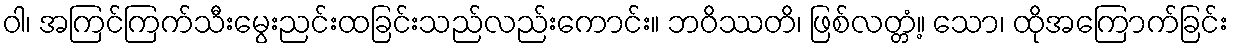
ဝါ၊ အကြင်ကြက်သီးမွေးညင်းထခြင်းသည်လည်းကောင်း။ ဘဝိဿတိ၊ ဖြစ်လတ္တံ့။ သော၊ ထိုအကြောက်ခြင်း